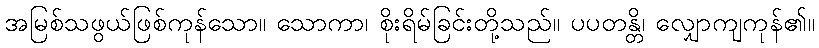
အမြစ်သဖွယ်ဖြစ်ကုန်သော။ သောကာ၊ စိုးရိမ်ခြင်းတို့သည်။ ပပတန္တိ၊ လျှောကျကုန်၏။